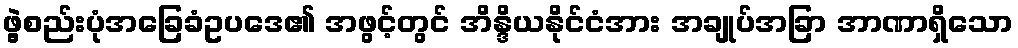
ဖွဲ့စည်းပုံအခြေခံဥပဒေ၏ အဖွင့်တွင် အိန္ဒိယနိုင်ငံအား အချုပ်အခြာ အာဏာရှိသော